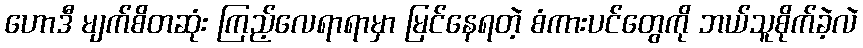
ဟောဒီ မျက်စိတဆုံး ကြည့်လေရာရာမှာ မြင်နေရတဲ့ စံကားပင်တွေကို ဘယ်သူစိုက်ခဲ့လဲ